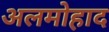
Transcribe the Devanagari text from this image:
अलमोहाद